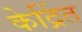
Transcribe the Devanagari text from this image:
केद्रिंत